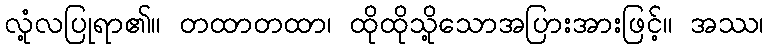
လုံ့လပြုရာ၏။ တထာတထာ၊ ထိုထိုသို့သောအပြားအားဖြင့်။ အဿ၊